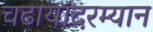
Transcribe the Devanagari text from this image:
चढायांदरम्यान